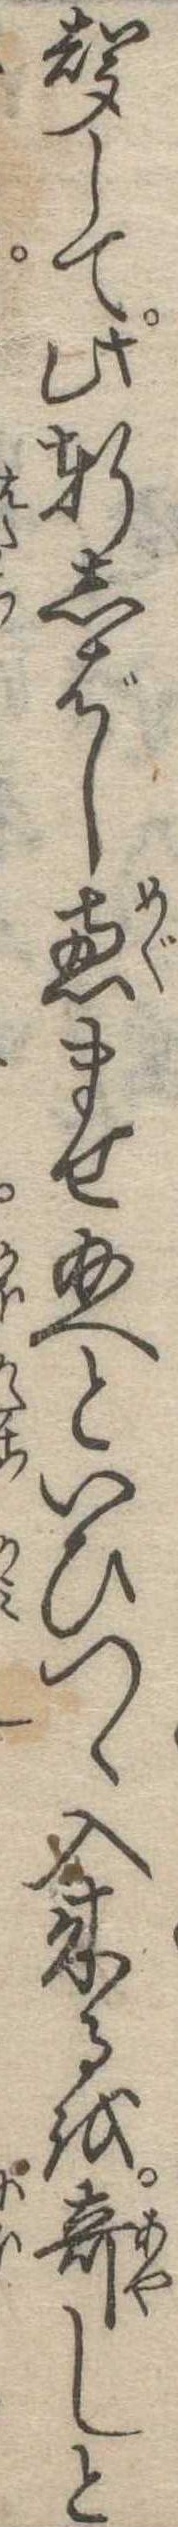
声して此軒しばし恵ませ給へといひつゝ入来るを奇しと